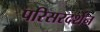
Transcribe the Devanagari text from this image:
परिसरदर्शन